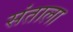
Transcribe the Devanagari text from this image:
संताला